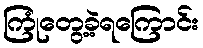
ကြုံတွေ့ခဲ့ရကြောင်း